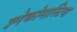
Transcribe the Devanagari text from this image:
ज्ञ्नेकोमास्टिया